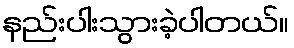
နည်းပါးသွားခဲ့ပါတယ်။